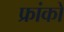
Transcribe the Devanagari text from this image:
फ्रांकों